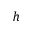
h